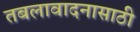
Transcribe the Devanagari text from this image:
तबलावादनासाठी